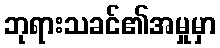
ဘုရားသခင်၏အမှုမှာ